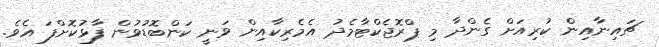
ޗައިނާއިން ކުރިއަށް ގެންދާ މި ޕްރޮޖެކްޓާމެދު އެމެރިކާއިން ވަނީ ކަންބޮޑުވުން ފާޅުކޮށްފަ އެވެ.